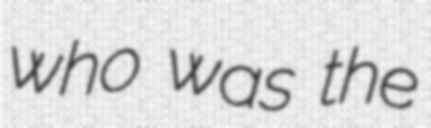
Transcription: who was the